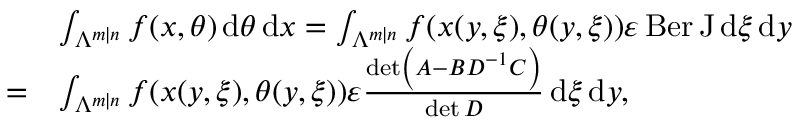
{ \begin{array} { r l } & { \int _ { \Lambda ^ { m \mid n } } f ( x , \theta ) \, \mathrm { d } \theta \, \mathrm { d } x = \int _ { \Lambda ^ { m \mid n } } f ( x ( y , \xi ) , \theta ( y , \xi ) ) \varepsilon \operatorname { B e r } \mathrm { J } \, \mathrm { d } \xi \, \mathrm { d } y } \\ { = } & { \int _ { \Lambda ^ { m \mid n } } f ( x ( y , \xi ) , \theta ( y , \xi ) ) \varepsilon { \frac { \operatorname* { d e t } \left( A - B D ^ { - 1 } C \right) } { \operatorname* { d e t } D } } \, \mathrm { d } \xi \, \mathrm { d } y , } \end{array} }